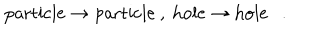
LaTeX: \mathrm { p a r t i c l e } \rightarrow \mathrm { p a r t i c l e } \ , \ \mathrm { h o l e } \rightarrow \mathrm { h o l e } \ \ \ . \nonumber